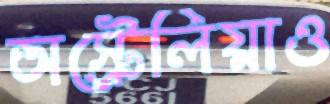
অস্ট্রেলিয়াও